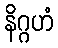
နိဂ္ဂဟံ